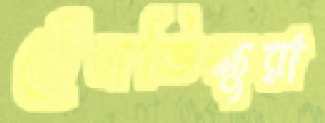
বৌদ্ধভিক্ষুরা